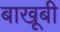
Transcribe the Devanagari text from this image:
बाखूबी